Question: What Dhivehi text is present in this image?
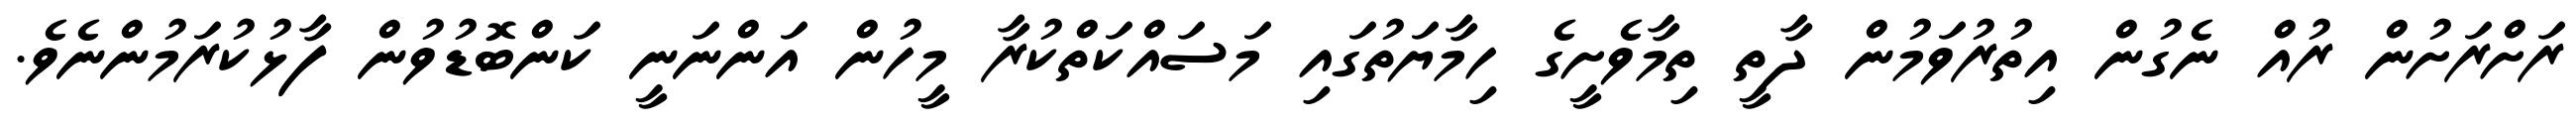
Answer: ރަށްރަށުން ރުއް ނެގުން އިތުރުވަމުން ދާތީ ތިމާވެށީގެ ހިމާޔަތުގައި މަސައްކަތްކުރާ މީހުން އަންނަނީ ކަންބޮޑުވުން ފާޅުކުރަމުންނެވެ.